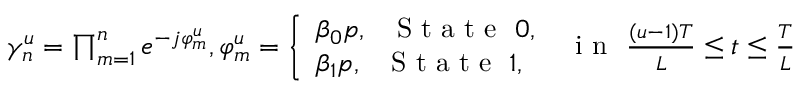
\begin{array} { r } { \gamma _ { n } ^ { u } = \prod _ { m = 1 } ^ { n } e ^ { - j \varphi _ { m } ^ { u } } , \varphi _ { m } ^ { u } = \left\{ \begin{array} { l } { \beta _ { 0 } p , \ \ \mathrm { ~ S ~ t ~ a ~ t ~ e ~ } \ 0 , } \\ { \beta _ { 1 } p , \ \ \mathrm { ~ S ~ t ~ a ~ t ~ e ~ } \ 1 , \ } \end{array} \right. \ \mathrm { ~ i ~ n ~ } \ \frac { ( u - 1 ) T } { L } \leq t \leq \frac { T } { L } \ } \end{array}